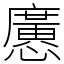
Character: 懬